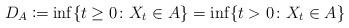
LaTeX: \begin{align*}D_{A} \coloneqq \inf\{t \ge 0 \colon X_{t} \in A\} = \inf\{t > 0 \colon X_{t} \in A\} \end{align*}